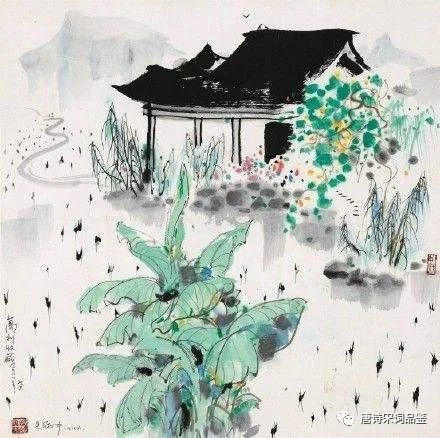
三月休听夜雨，如今不是催花。